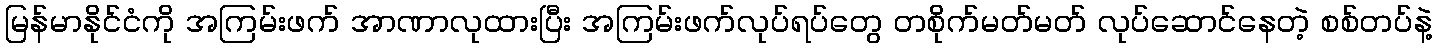
မြန်မာနိုင်ငံကို အကြမ်းဖက် အာဏာလုထားပြီး အကြမ်းဖက်လုပ်ရပ်တွေ တစိုက်မတ်မတ် လုပ်ဆောင်နေတဲ့ စစ်တပ်နဲ့